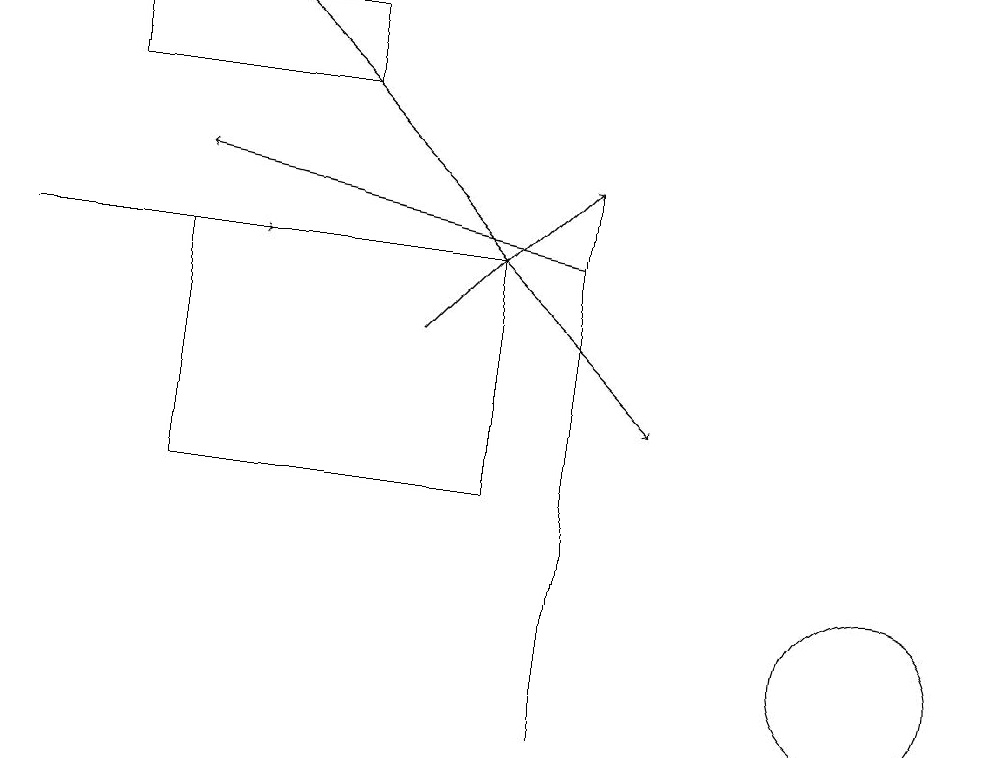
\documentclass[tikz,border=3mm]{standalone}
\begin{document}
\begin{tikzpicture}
\draw (6,16) rectangle (2,13);
\draw[->] (7,16) -- (2,17);
\draw[->] (3,19) -- (8,14);
\draw[->] (5,15) -- (7,17);
\draw (7,10) rectangle (7,17);
\draw (11,11) circle (1);
\draw (1,19) rectangle (4,18);
\draw[->] (0,16) -- (3,16);
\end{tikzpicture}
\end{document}